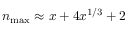
n _ { \mathrm { m a x } } \approx x + 4 x ^ { 1 / 3 } + 2